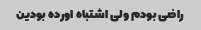
راضی بودم ولی اشتباه اورده بودین